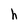
Character: h